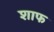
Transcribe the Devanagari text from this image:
शाफ